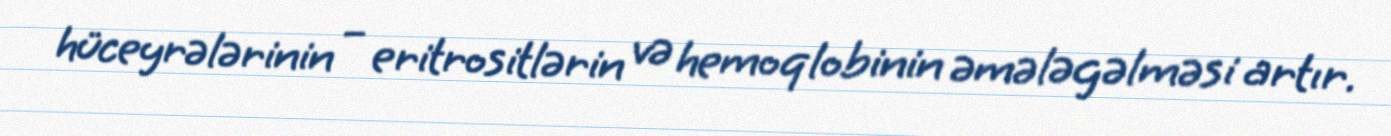
hüceyrələrinin – eritrositlərin və hemoqlobinin əmələgəlməsi artır.